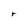
Character: r